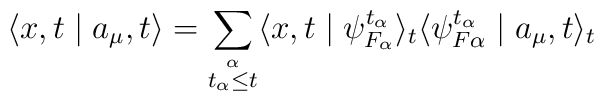
\langle x,t\mid a_{\mu},t\rangle=\sum_{\stackrel{\alpha}{t_\alpha\leq t}}\langle x,t\mid\psi ^{t_\alpha}_{F_\alpha}\rangle _t\langle\psi ^{t_\alpha}_{F\alpha}\mid a_{\mu},t\rangle _t